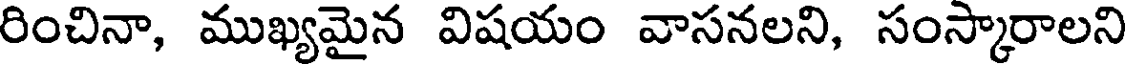
రించినా, ముఖ్యమైన విషయం వాసనలని, సంస్కారాలని